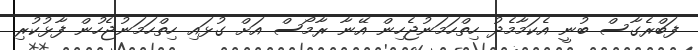
ފަބްރެގާސް ބުނީ އެކަމާމެދު ހިތްހަމަނުޖެހިން އޭނާ ރާމޯސް އަށް ގުޅައި ހިތްހަމަނުޖެހުން ފާޅުކުރި